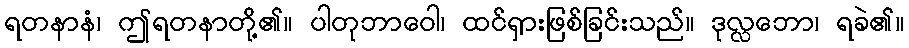
ရတနာနံ၊ ဤရတနာတို့၏။ ပါတုဘာဝေါ၊ ထင်ရှားဖြစ်ခြင်းသည်။ ဒုလ္လဘော၊ ရခဲ၏။